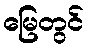
မြေတွင်